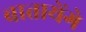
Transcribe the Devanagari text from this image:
बातायेंगे